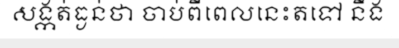
សង្កត់ធ្ងន់ថា ចាប់ពីពេលនេះតទៅ នឹង